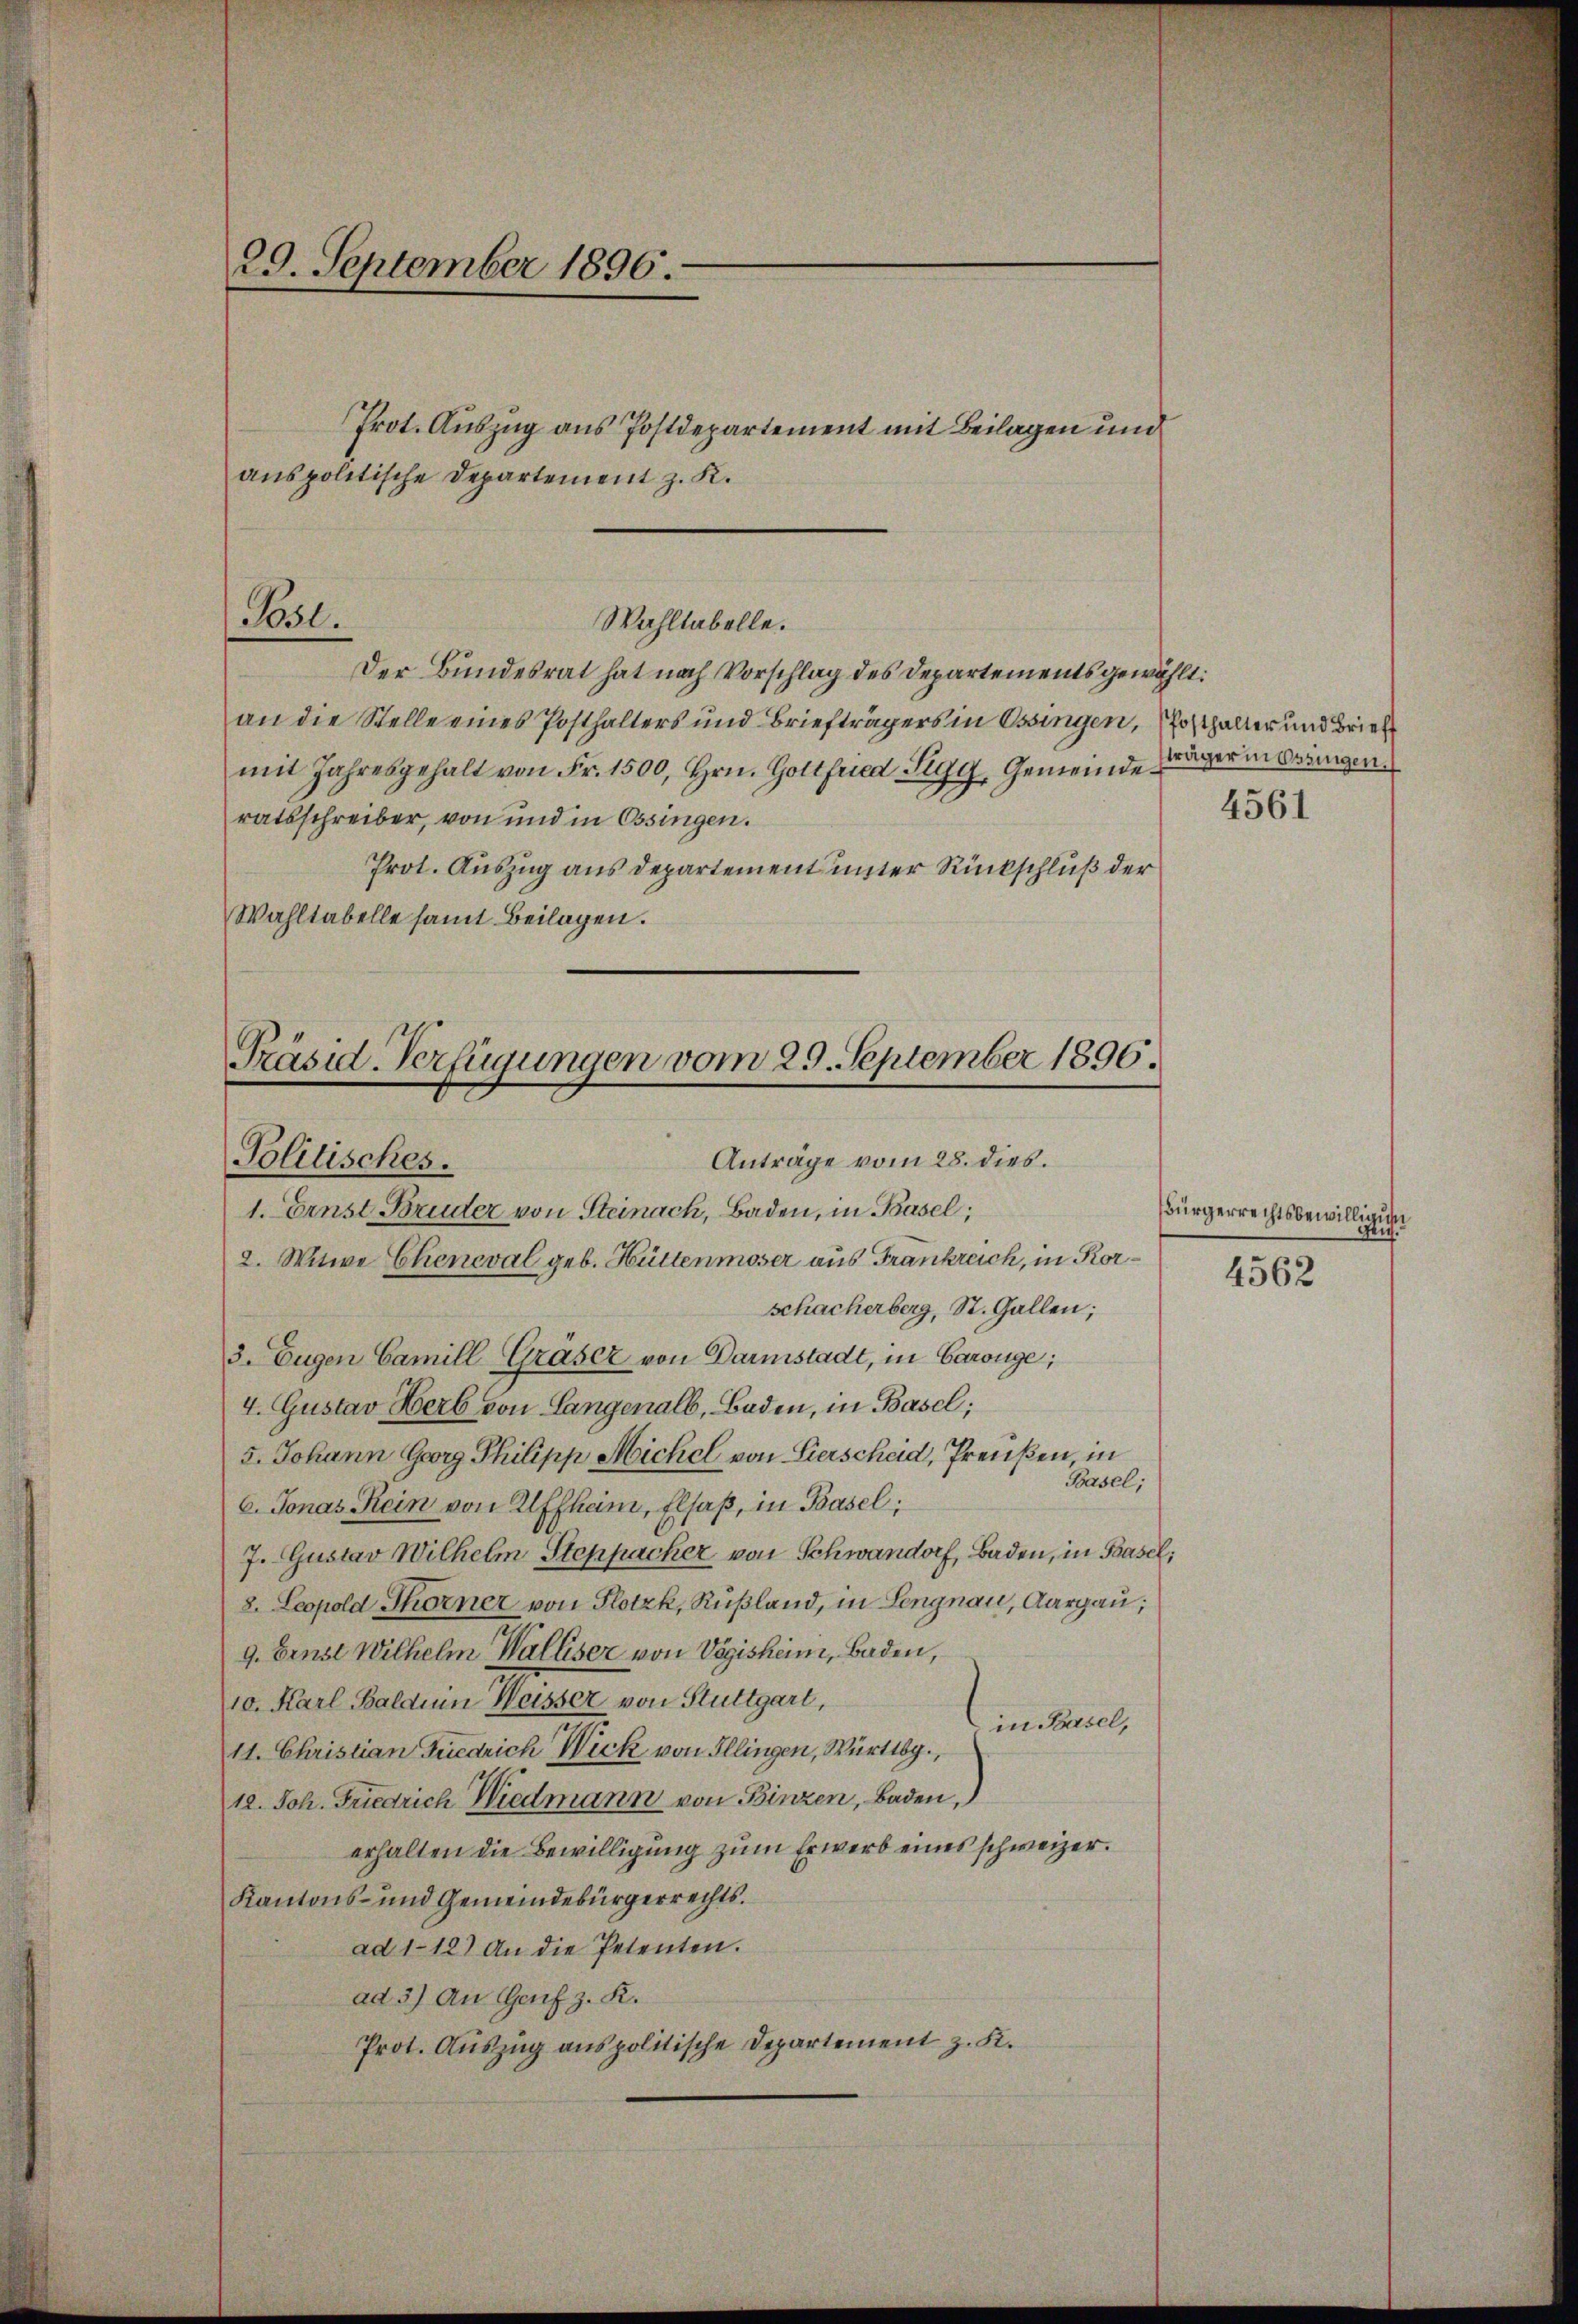
29. September 1896.
Prot. Auszug aus Postdepartement mit Beilagen und
anspolitische Departement z. K.

Posl.
Wahltabelle.

Der Bundesrat hat nach Vorschlag des Departements gewählt:
an die Stelle eines Posthalters und Briefträgers in Ossingen, Ersthalter und Brief
mit Jahresgehalt von Fr. 1500, Hrn. Gottfried Sigg, Gemeinderatsschreiber, von und in Ossingen.
Prot. Auszug aus Departement unter Rückschluß der
Wahltabelle samt Beilagen.

Präsid-Verfügungen vom 29. September 1896.
Anträge vom 28. dies.
Politisches.

1. Ernst Bruder von Steinach, Baden, in Basel;
2. Witwe Cheneval geb. Hüttenmoser aus Frankreich, in Korschacherberg, St. Gallen;
3. Eugen Camill Gräser von Darmstadt, in Carouge;
4. Gustav Herb von Langenall, Baden, in Basel;
5. Johann Georg Philipp Michel von Lierscheid, Preußen, in
Phasel,
C. Jonas Kein von Affheim, Elsaß, in Basel;
7. Gustav Wilhelm Steppacher von Schwandorf, Baden, in Basel,
8. Leopold Thorner von Plotzk, Rußland, in Lengnau, Aargau;
9. Einst Wilhelm Walliser von Vigisheim, Baden,
10. Karl Bald in Weisser von Stuttgart,
in Basel,
11. Christian Gucarich Wick von Illingen, Württbg.,
12. Joh. Friedrich Wiedmann von Binzen, Baden,
erhalten die Bewilligung zum Erwerb eines schweizer.
Kantons- und Gemeindebürgerrechts.
ad 112) An die Petenten.
ad 3) An Genf z. R.
Prot. Auszug aus politische Departement z. K.

träger in Ossingen.
4561

Bürgerrechtsbewilligung
Gruf.

4562